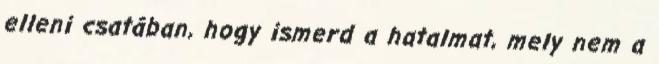
elleni csatában, hogy ismerd a hatalmat, mely nem a